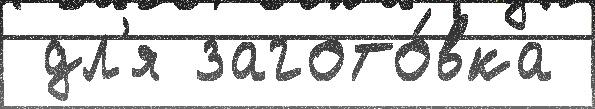
 дл'я загото́вка